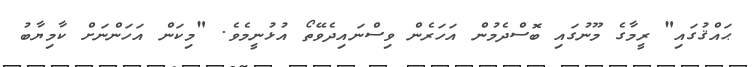
ޙައްޤުގައި" ރީމާގެ މޫނުގައި ބޮސްދެމުން އަހަރެން ވިސްނައިދެވޭތޯ އުޅުނީމެވެ. "މިކަން އަހަންނަށް ކާމިޔާބު